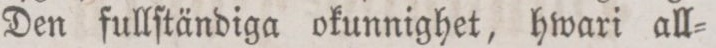
Den fullſtändiga okunnighet, hwari all=